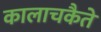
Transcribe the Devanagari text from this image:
कालाचकैते